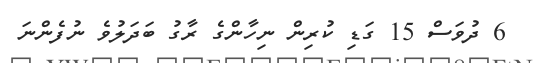
6 ދުވަސް 15 ގަޑި ކުރިން ނިހާންގެ ރާގު ބަދަލުވެ ނުފެންނަ